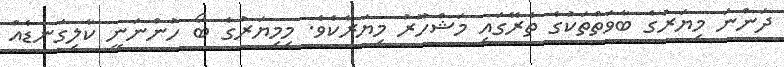
ދަންނަ މިޔަރުގެ ބާވަތްތަކުގެ ތެރޭގައި މަޝްހޫރު މިޔަރެކެވެ. މިމިޔަރުގެ ބޯ ހުންނަނީ ކާލިގަނޑެއް